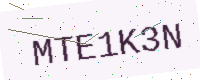
Text: MTE1K3N